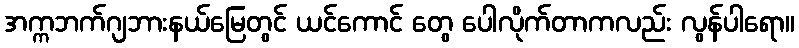
အက္ကဘက်ဂျဘားနယ်မြေတွင် ယင်ကောင် တွေ ပေါလိုက်တာကလည်း လွန်ပါရော။